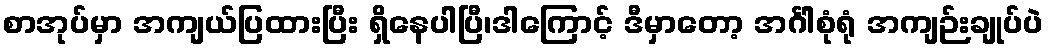
စာအုပ်မှာ အကျယ်ပြထားပြီး ရှိနေပါပြီ၊ဒါကြောင့် ဒီမှာတော့ အင်္ဂါစုံရုံ အကျဉ်းချုပ်ပဲ